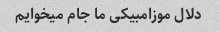
دلال موزامبیکی ما جام میخوایم